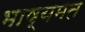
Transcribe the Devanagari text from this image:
भाष्यमत